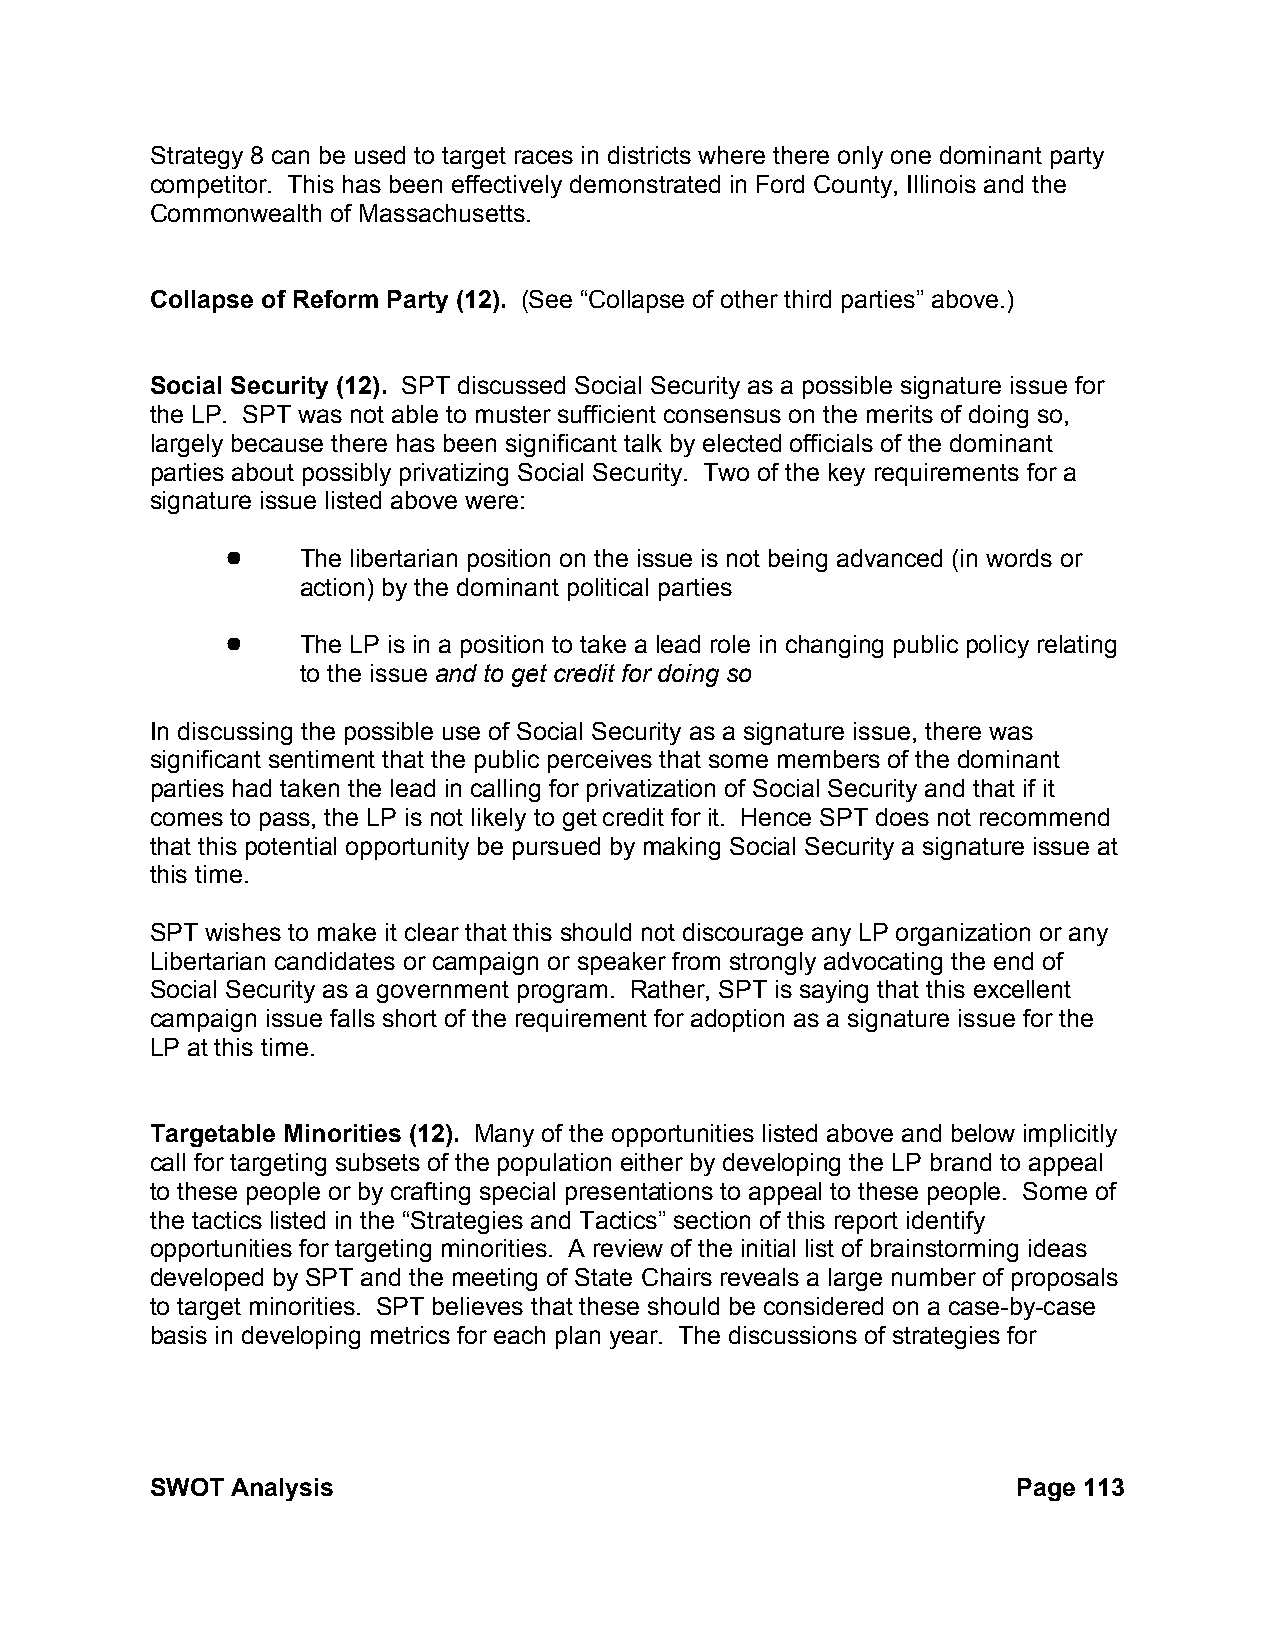
Strategy 8 can be used to target races in districts where there only one dominant party
 competitor. This has been effectively demonstrated in Ford County, Illinois and the
 Commonwealth of Massachusetts.
 Collapse of Reform Party (12). (See “Collapse of other third parties” above.)
 Social Security (12). SPT discussed Social Security as a possible signature issue for
 the LP. SPT was not able to muster sufficient consensus on the merits of doing so,
 largely because there has been significant talk by elected officials of the dominant
 parties about possibly privatizing Social Security. Two of the key requirements for a
 signature issue listed above were:
 !    The libertarian position on the issue is not being advanced (in words or
 action) by the dominant political parties
 !    The LP is in a position to take a lead role in changing public policy relating
 to the issue and to get credit for doing so
 In discussing the possible use of Social Security as a signature issue, there was
 significant sentiment that the public perceives that some members of the dominant
 parties had taken the lead in calling for privatization of Social Security and that if it
 comes to pass, the LP is not likely to get credit for it. Hence SPT does not recommend
 that this potential opportunity be pursued by making Social Security a signature issue at
 this time.
 SPT wishes to make it clear that this should not discourage any LP organization or any
 Libertarian candidates or campaign or speaker from strongly advocating the end of
 Social Security as a government program. Rather, SPT is saying that this excellent
 campaign issue falls short of the requirement for adoption as a signature issue for the
 LP at this time.
 Targetable Minorities (12). Many of the opportunities listed above and below implicitly
 call for targeting subsets of the population either by developing the LP brand to appeal
 to these people or by crafting special presentations to appeal to these people. Some of
 the tactics listed in the “Strategies and Tactics” section of this report identify
 opportunities for targeting minorities. A review of the initial list of brainstorming ideas
 developed by SPT and the meeting of State Chairs reveals a large number of proposals
 to target minorities. SPT believes that these should be considered on a case-by-case
 basis in developing metrics for each plan year. The discussions of strategies for
 SWOT Analysis                                            Page 113